system: You are a helpful assistant.
user:
Analyze the provided spectrum to determine if it is a **White Dwarf (WD)**.

A White Dwarf spectrum is defined by its **extreme purity** (due to gravitational settling) and/or **extreme pressure broadening** (due to high surface gravity). You must check for one of the following mutually exclusive signatures:

- **Key Visual Indicators (Check for ONE of these types):**

    - **1. DA-Type Signature (Most Common):**
        - **(Primary Feature):** Extreme pressure broadening (Stark broadening) of the **Hydrogen (H) Balmer lines**.
        - **(Key Lines):** $H\beta$ (approx. $4861$ Å) and $H\gamma$ (approx. $4340$ Å). $H\alpha$ (approx. $6563$ Å) will also be present if the wavelength range covers it.
        - **(Line Profile):** This is the **defining feature**. The lines are **NOT** sharp. They appear as massive, **extremely broad and deep "troughs" or "dips"** in the spectrum, often hundreds of Ångströms wide. The continuum will appear to "scoop" down at these wavelengths.
        - **(Distinction):** Normal A-type or B-type stars have *narrow* and *sharp* Hydrogen lines. A DA White Dwarf's lines are unmistakably "smeared" or "blurry" from pressure.

    - **2. DB-Type Signature:**
        - **(Primary Feature):** Broad absorption lines from **Neutral Helium (He I)**. The spectrum must lack any visible Hydrogen lines.
        - **(Key Lines):** Look for broad absorption near $4471$ Å, $4921$ Å, and $5876$ Å.
        - **(Line Profile):** These lines are also significantly pressure-broadened, appearing much wider than they would in a normal B-type main-sequence star.

    - **3. DC-Type Signature:**
        - **(Primary Feature):** A **featureless continuous spectrum**.
        - **(Line Profile):** The spectrum is a smooth curve with **no significant absorption or emission lines**.
        - **(Key Confirmation):** The continuum is almost always **blue or white**, indicating a hot object. This signature implies the atmosphere is so pure (or so cool) that no spectral lines are visible in the optical range. Its WD identity is confirmed by its extremely low intrinsic brightness (high absolute magnitude).

    - **4. DZ-Type Signature (Metal-Polluted):**
        - **(Primary Feature):** **Isolated, narrow metal absorption lines** on an otherwise featureless (DC-like) continuum.
        - **(Key Lines):** The **Calcium (Ca II) H & K doublet** (approx. **$3934$ Å** and **$3968$ Å**) is the most common and defining feature.
        - **(Line Profile):** These lines are "out of place." They are *not* part of a "forest" of thousands of lines. This signature is evidence of recent *accretion* (pollution) from rocky debris.
        - **(Distinction):** Normal G/K/M stars have a *dense forest* of thousands of metal lines. A DZ has a *clean* continuum with *only a few* strong metal lines.

    - **5. DQ-Type Signature (Carbon-Polluted):**
        - **(Primary Feature):** Absorption bands from **Carbon (C₂ "Swan Bands" or atomic C I)**.
        - **(Key Lines - C₂):** Look for bandheads with a "saw-tooth" shape near $5635$ Å, **$5165$ Å** (strongest), and $4737$ Å.
        - **(Key Confirmation):** The underlying **continuum must be blue or white** (hot).
        - **(Distinction):** This is the critical difference from a **Carbon Star**, which has the *exact same* C₂ bands but on an extremely **red, cool** continuum.

- **(Overall Spectrum):**
    - The continuum (overall shape) is typically **blue-sloping** (brighter in the blue than the red), as most white dwarfs are very hot.
    - The spectrum will look "pure" or "simple," dominated by only *one* of the five signatures listed above.

Think first, call **spectral_visualization_tool** if needed to examine features in detail, then provide your final answer. Your response must adhere to the following strict rules:
1.  **Overall Structure:** Your response must follow the format `<think>...</think> <tool_call>...</tool_call> (if a tool is used) <answer>...</answer>`.
2.  **Tool Usage Constraint:** You may only make **one** tool call per turn.
3.  **Final Answer Format:** In the `<answer>` tag, your conclusion must be inside a `\boxed{}` command (e.g., `\boxed{YES}` or `\boxed{NO}`), followed by your justification.

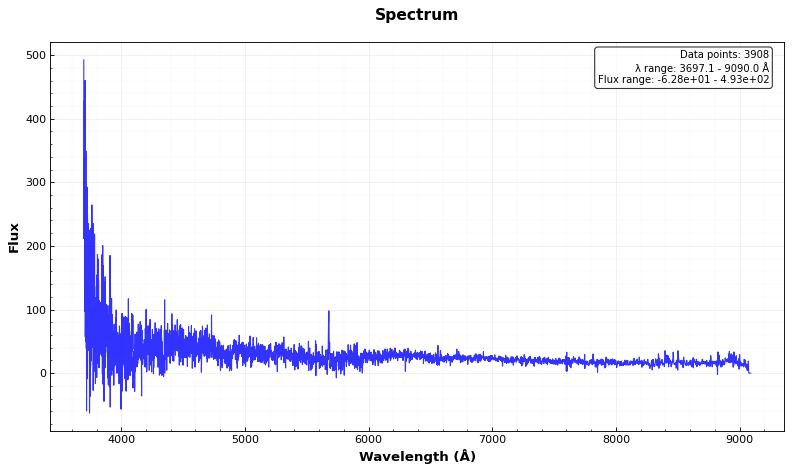
Answer: YES